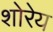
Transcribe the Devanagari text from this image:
शोरेय